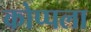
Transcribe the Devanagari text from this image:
कोप्पला